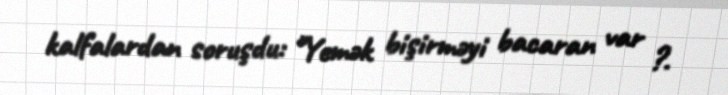
kalfalardan soruşdu: "Yemək bişirməyi bacaran var ?.